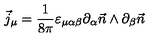
\vec { j } _ { \mu } = \frac { 1 } { 8 \pi } \varepsilon _ { \mu \alpha \beta } \partial _ { \alpha } \vec { n } \wedge \partial _ { \beta } \vec { n }